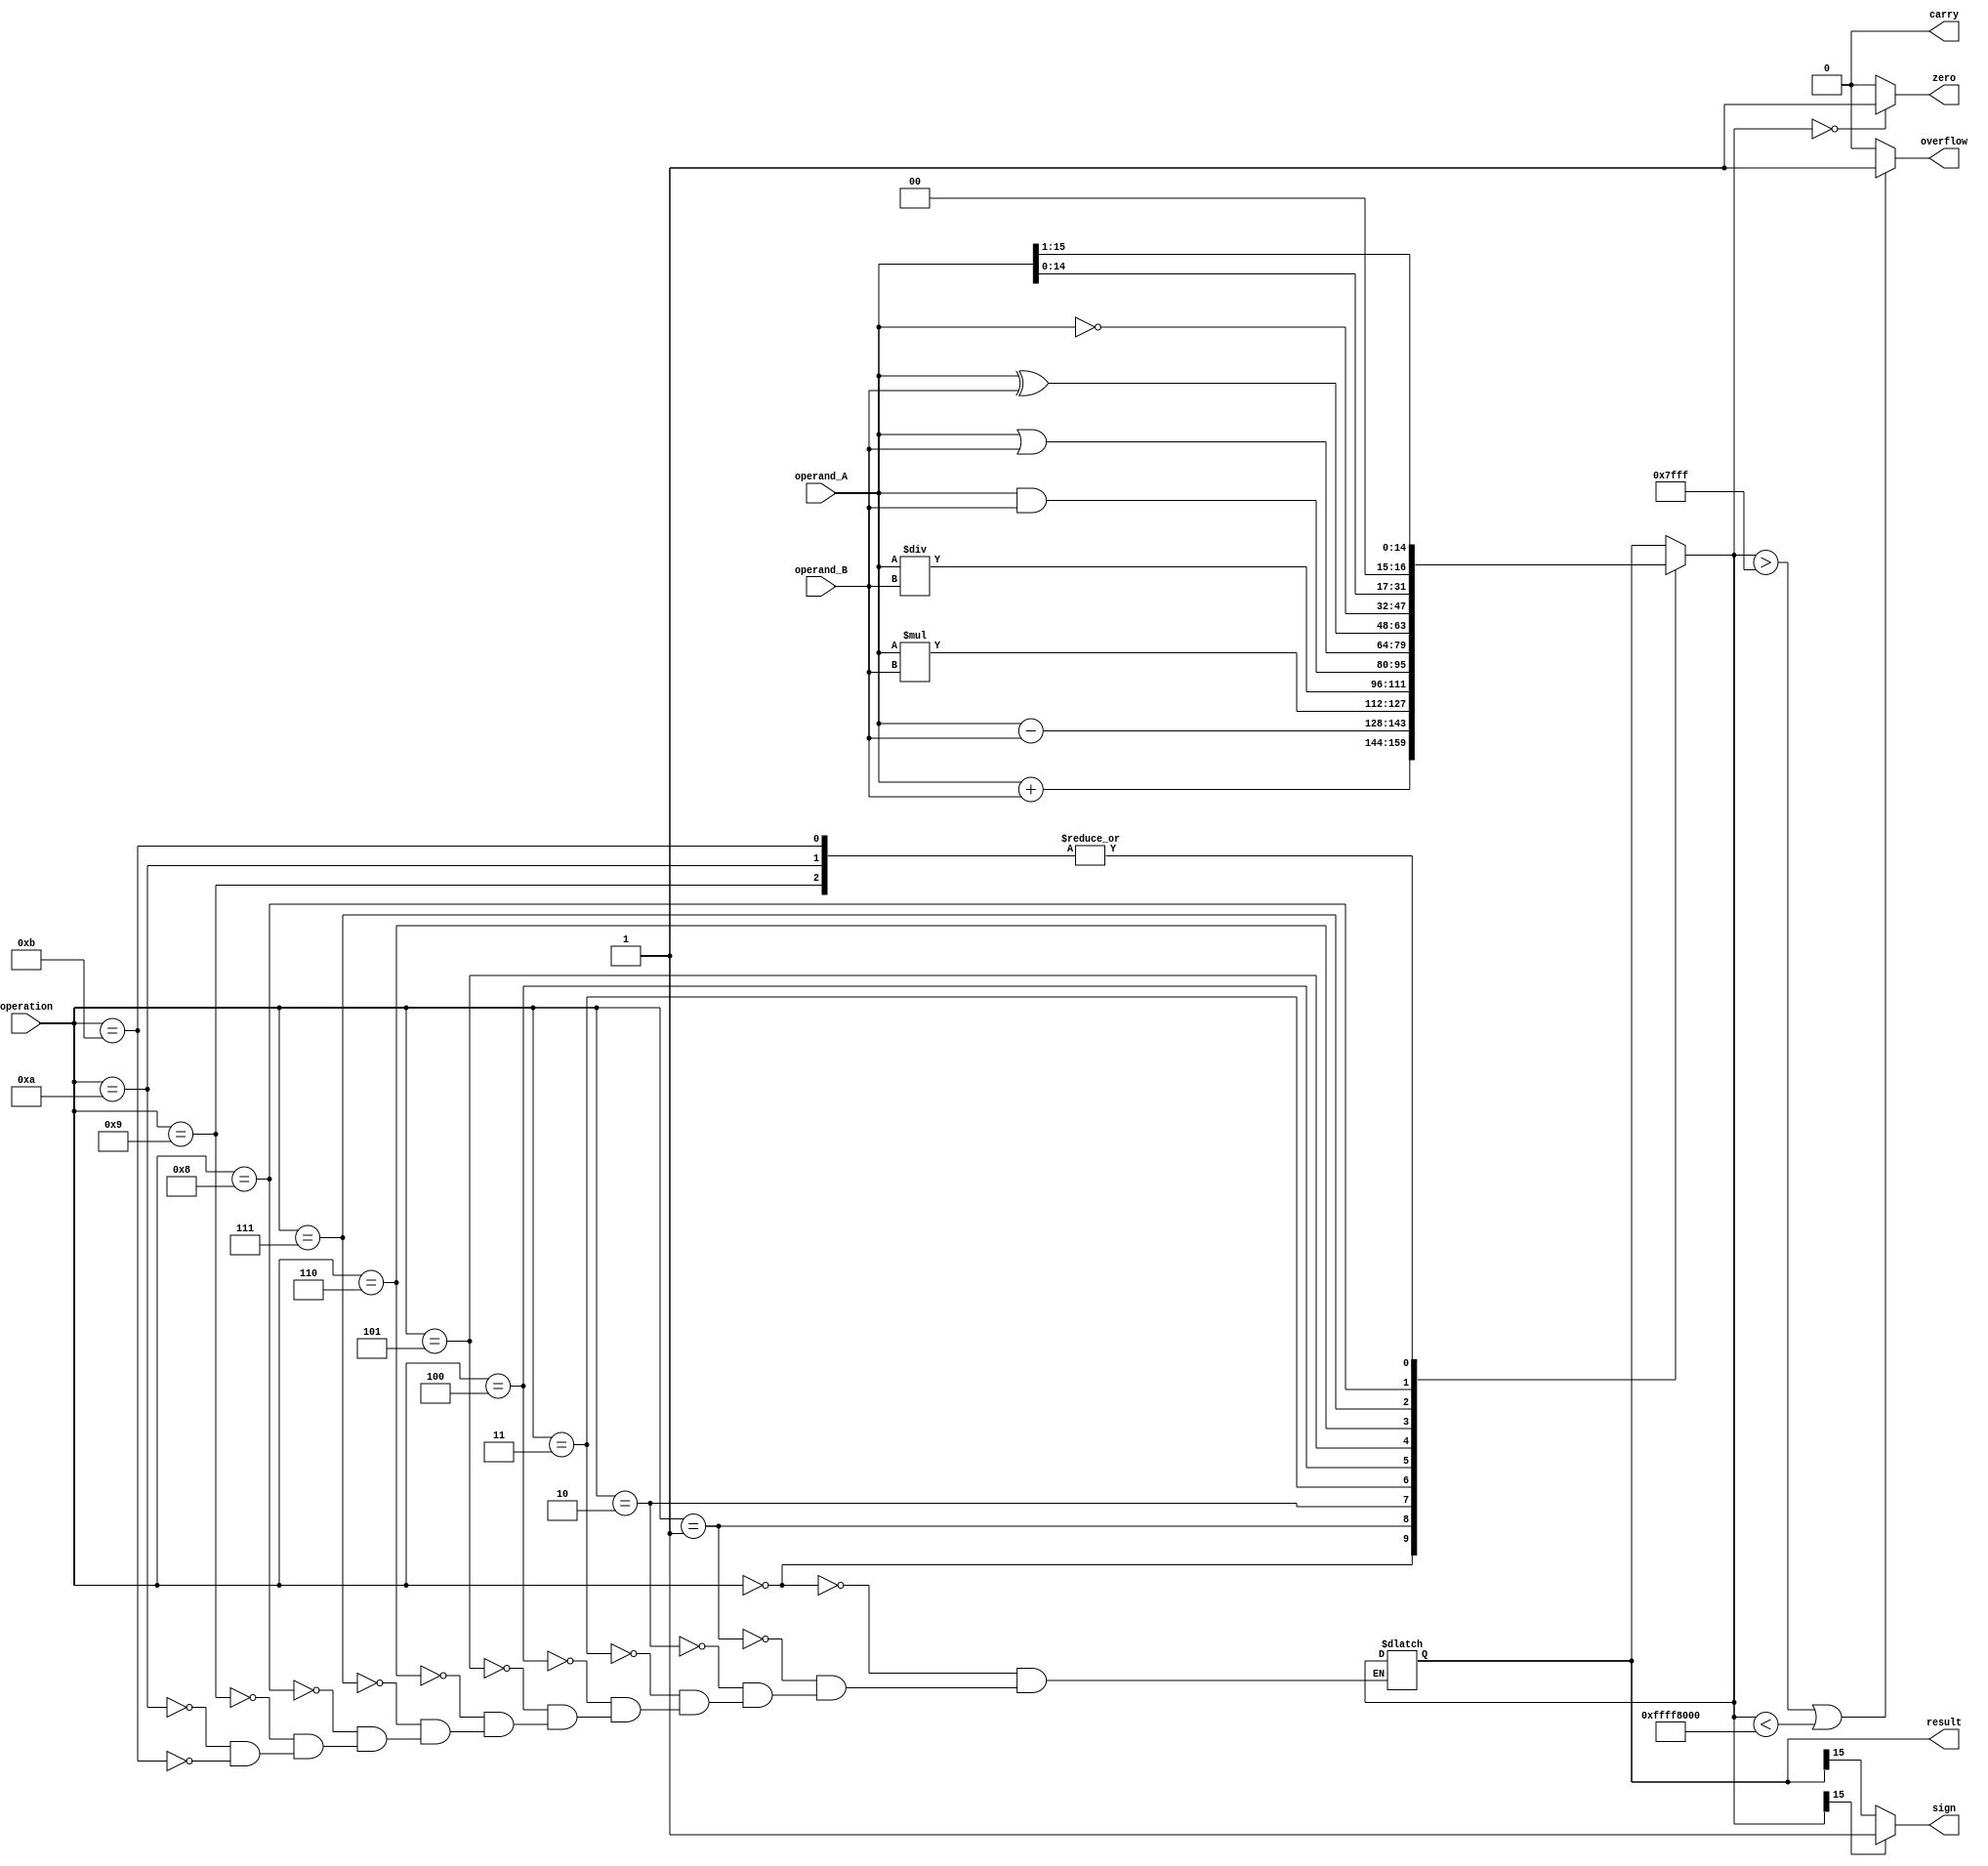
module ALU(input [15:0] operand_A, input [15:0] operand_B, input [3:0] operation,
           output reg [15:0] result, output reg overflow, output reg carry, output reg zero, output reg sign);

   always @(*)
   begin
      overflow = 0;
      carry = 0;
      zero = 0;
      sign = result[15];

      case(operation)
         4'b0000: result = operand_A + operand_B; // Addition
         4'b0001: result = operand_A - operand_B; // Subtraction
         4'b0010: result = operand_A * operand_B; // Multiplication
         4'b0011: result = operand_A / operand_B; // Division
         4'b0100: result = operand_A & operand_B; // AND
         4'b0101: result = operand_A | operand_B; // OR
         4'b0110: result = operand_A ^ operand_B; // XOR
         4'b0111: result = ~operand_A; // NOT
         4'b1000: result = operand_A << 1; // Left shift
         4'b1001: result = operand_A >> 1; // Right shift
         4'b1010: result = operand_A >>> 1; // Logical shift
         4'b1011: result = operand_A >> 1; // Arithmetic shift
      endcase

      if(result == 0) zero = 1;
      if(result > 32767 || result < -32768) overflow = 1;
      if(result[15] == 1) sign = 1;
      
   end
endmodule